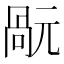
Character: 𠹬